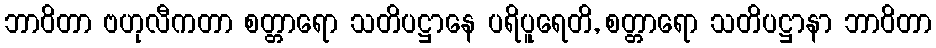
ဘာဝိတာ ဗဟုလီကတာ စတ္တာရော သတိပဋ္ဌာနေ ပရိပူရေတိ, စတ္တာရော သတိပဋ္ဌာနာ ဘာဝိတာ